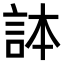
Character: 𧦹